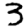
Digit: 3